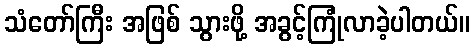
သံတော်ကြီး အဖြစ် သွားဖို့ အခွင့်ကြုံလာခဲ့ပါတယ်။